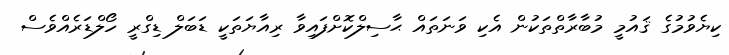
ކިޔެވުމުގެ ޤައުމީ މުބާރާތްތަކުން އެކި ވަނަތައް ޙާސިލްކޮށްފައިވާ ރިއާޔަތަކީ ޑަބަލް ޑިގްރީ ހޯލްޑަރެއްވެސް